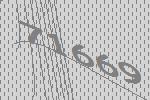
71669